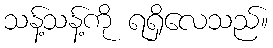
သန့်သန့်ကို ရရှိလေသည်။